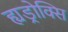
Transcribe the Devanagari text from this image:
ह्यड्रोक्सि